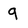
Character: 9